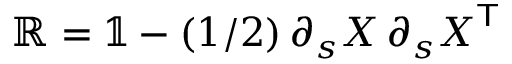
\mathbb { R } = \mathbb { 1 } - ( 1 / 2 ) \, \partial _ { s } { \ensuremath \boldsymbol { X } } \, \partial _ { s } { \ensuremath \boldsymbol { X } } ^ { \mathsf { T } }